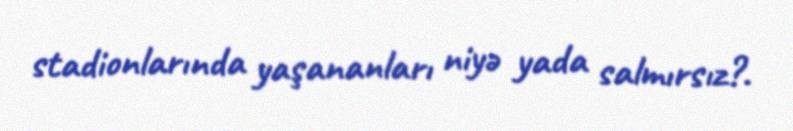
stadionlarında yaşananları niyə yada salmırsız?.